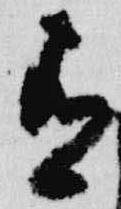
有